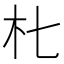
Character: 𱢾